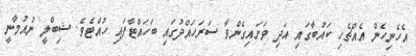
އެހެނިހެން އެއްޗެހި ކައުބާގައި އަދި ވަށައިގެންވާ ސަރަހައްދުގައި ބަހައްޓާފައި ހުއްޓެވެ. ޝިބްލީ ނުއުމާނީ